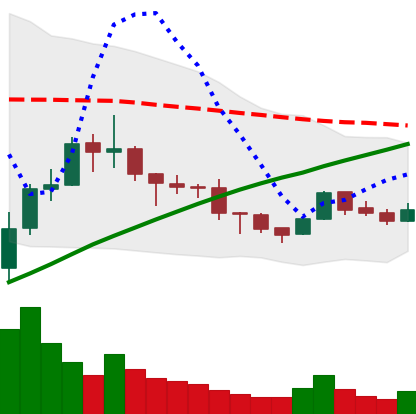
Ticker: BNB-USD
Chart end date: 2019-08-05
Forward return: 5.962%
Label: up_5_7